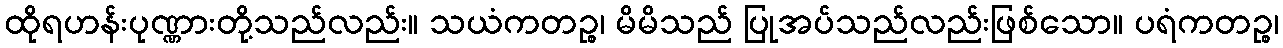
ထိုရဟန်းပုဏ္ဏားတို့သည်လည်း။ သယံကတဉ္စ၊ မိမိသည် ပြုအပ်သည်လည်းဖြစ်သော။ ပရံကတဉ္စ၊